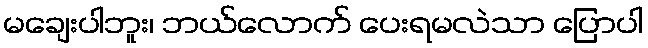
မချေးပါဘူး၊ ဘယ်လောက် ပေးရမလဲသာ ပြောပါ